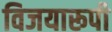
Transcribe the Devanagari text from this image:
विजयारूपी